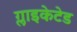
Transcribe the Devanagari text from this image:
ग्लाइकेटेड